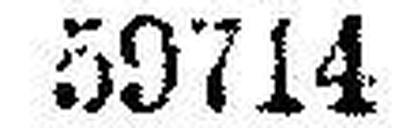
59714